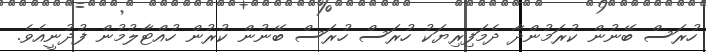
ހުރަސް ބޭނުން ކުރަމުންދާ ދެމަފިރިޔަކު ހުރަސް ހުރަސް ބޭނުން ކުރުން ހުއްޓާލުމުން ފުދުނީއެވެ.